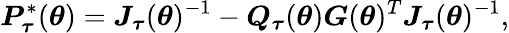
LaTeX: \boldsymbol{P}_{\boldsymbol{\tau}}^{\ast}(\boldsymbol{\theta})=\boldsymbol{J}_{\boldsymbol{\tau}}(\boldsymbol{\theta})^{-1}-\boldsymbol{Q}_{\boldsymbol{\tau}}(\boldsymbol{\theta})\boldsymbol{G}(\boldsymbol{\theta})^{T}\boldsymbol{J}_{\boldsymbol{\tau}}(\boldsymbol{\theta})^{-1},